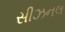
સીઝનલ